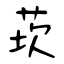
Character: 莰